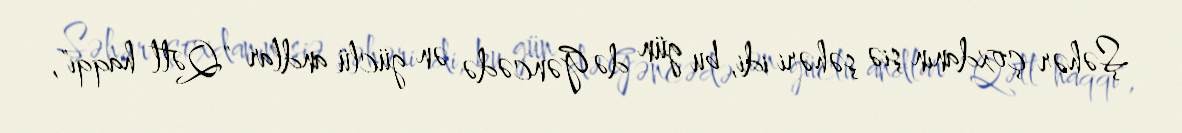
Şəhər çoxdanın şiə şəhəri idi, bu gün də Gəncədə ən güclü andlar "Qətl haqqı",